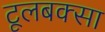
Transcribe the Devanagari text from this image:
टूलबक्सा